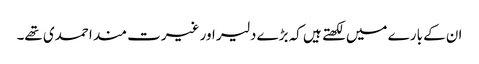
ان کے بارے میں لکھتے ہیں کہ بڑے دلیر اور غیرت مند احمدی تھے۔